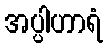
အပ္ပါဟာရံ